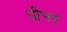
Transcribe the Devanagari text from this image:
चीभड़